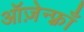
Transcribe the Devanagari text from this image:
ऑज़ेन्फ़्राँ